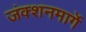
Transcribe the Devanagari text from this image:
जंक्शनमार्गे